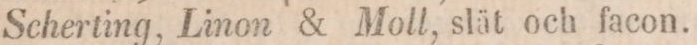
Scherting, Linon & Moll, slät och facon.